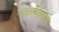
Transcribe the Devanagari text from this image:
पंगासिनेंस